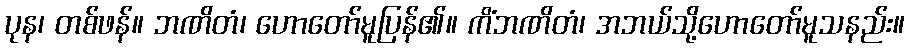
ပုန၊ တစ်ဖန်။ ဘဏိတံ၊ ဟောတော်မူပြန်၏။ ကိံဘဏိတံ၊ အဘယ်သို့ဟောတော်မူသနည်း။